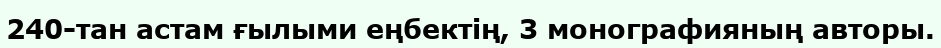
240-тан астам ғылыми еңбектің, 3 монографияның авторы.